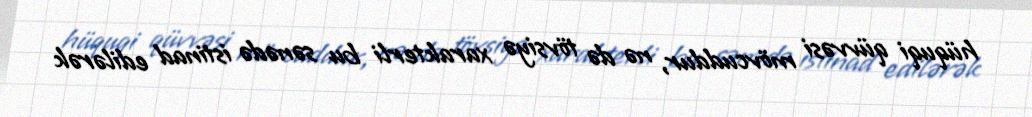
hüquqi qüvvəsi mövcuddur, nə də tövsiyə xarakterli bu sənədə istinad edilərək